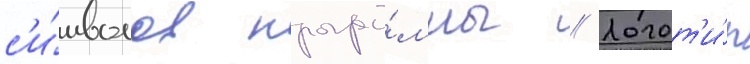
с'и́мволов програ́ммы // Логот'и́п